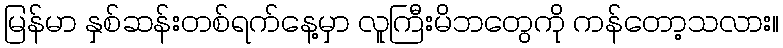
မြန်မာ နှစ်ဆန်းတစ်ရက်နေ့မှာ လူကြီးမိဘတွေကို ကန်တော့သလား။